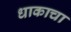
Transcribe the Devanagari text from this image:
धाकाचा